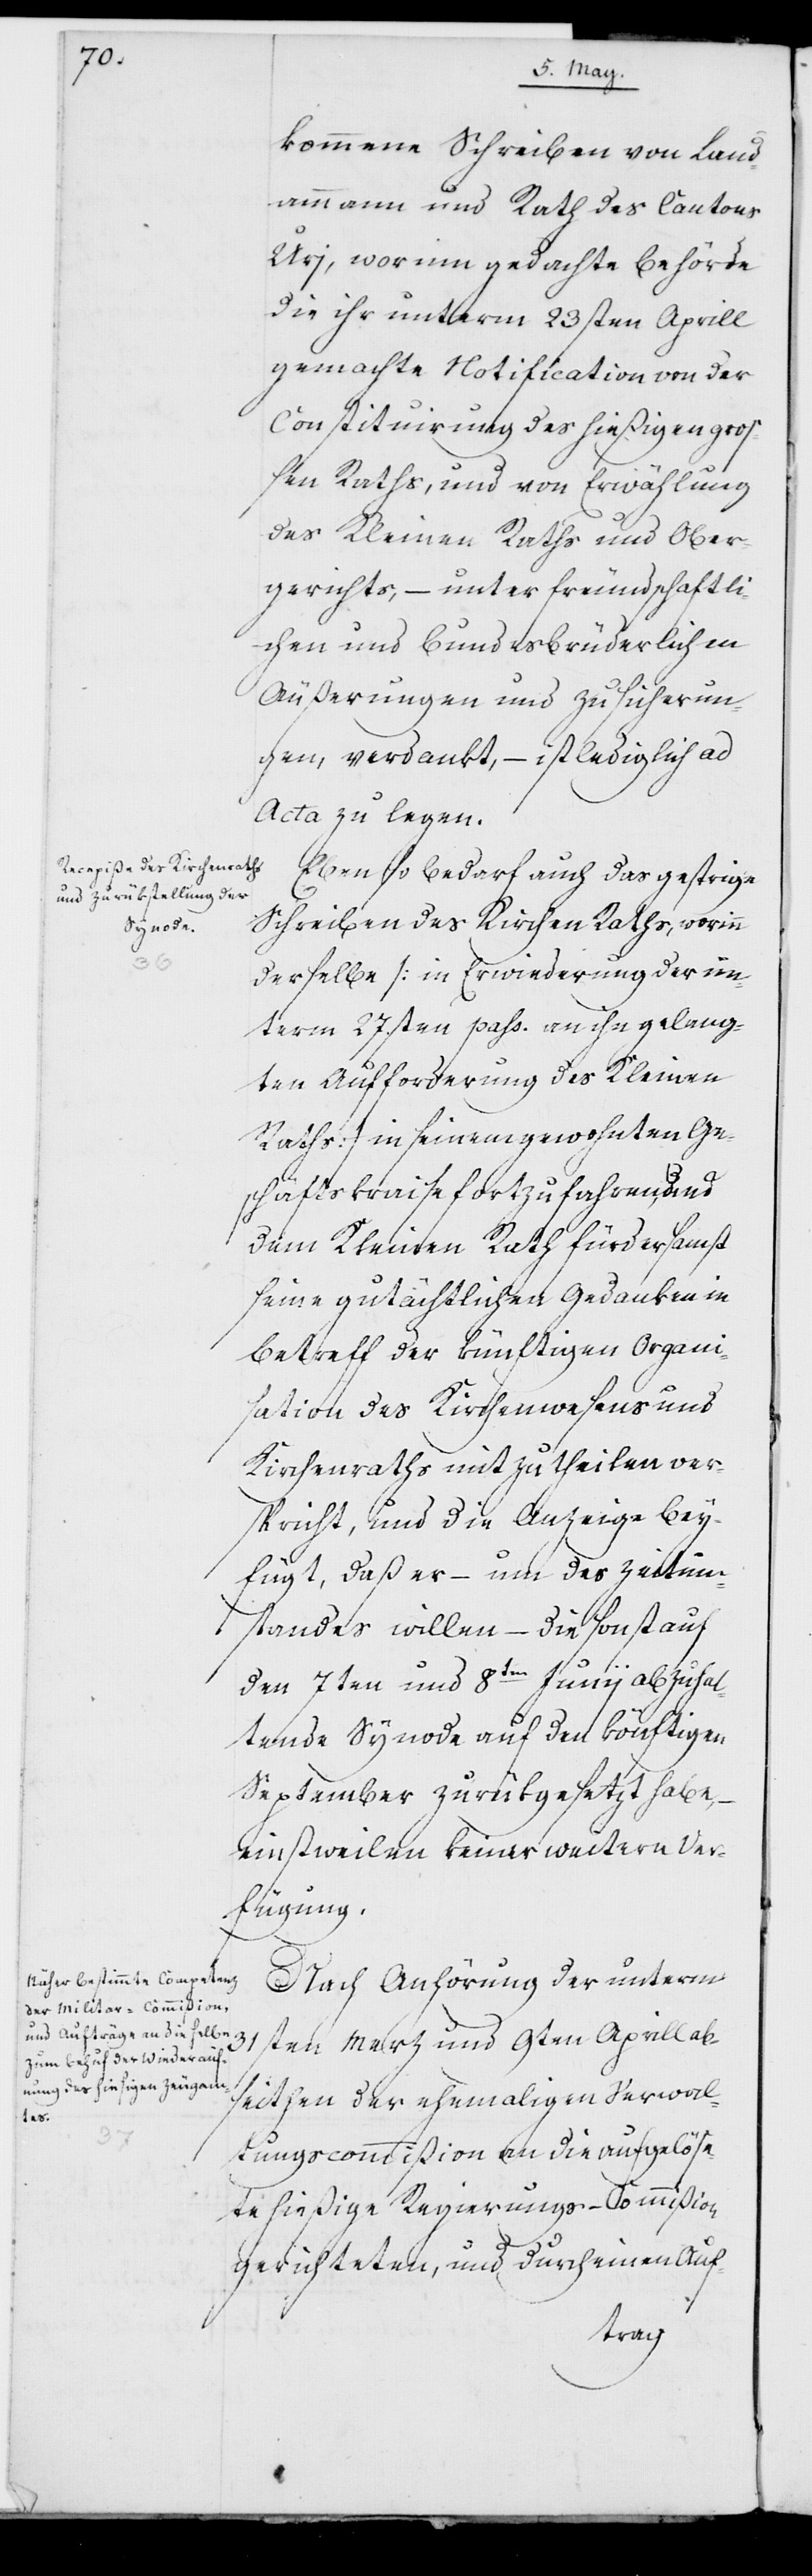
kommene Schreiben von Land¬
ammann und Rath des Cantons
Urj, worinn gedachte Behörde
die ihr unterm 23sten Aprill
gemachte Notification von der
Constituirung des hießigen groß¬
en Raths, und von Erwählung
des Kleinen Raths und Ober¬
gerichts, – unter freundschaftli¬
chen und bundesbrüderlichen
Äußerungen und Zusicherun¬
gen, verdankt, – ist lediglich ad
Acta zu legen.
Ebenso bedarf auch das gestrige
Schreiben des Kirchen Raths, worinn
derselbe (in Erwiederung der un¬
term 27sten pass. an ihn gelang¬
ten Aufforderung des Kleinen
Raths) in seinem gewohnten Ge¬
schäftskraise fortzufahren und
dem Kleinen Rath fürdersamst
seine gutächtlichen Gedanken in
Betreff der künftigen Organi¬
sation des Kirchenwesens und
Kirchenraths mitzutheilen ver¬
spricht, und die Anzeige bey¬
fügt, daß er – um des Zeitum¬
standes willen – die sonst auf
den 7ten und 8ten Junij abzuhal¬
tende Synode auf den könftigen
September zurückgesetzt habe,
einstweilen keiner weitern Ver¬
fügung.
Nach Anhörung der unterm
31sten Merz und 9ten Aprill ab¬
seithen der ehemaligen Verwal¬
tungscommißion an die aufgelöse¬
te hießige Regierungs-Kommißion
gerichteten, und durch einen Auf-